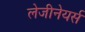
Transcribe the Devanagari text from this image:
लेजीनेयर्स